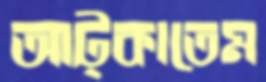
আট্‌কাতেম